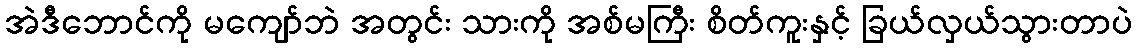
အဲဒီဘောင်ကို မကျော်ဘဲ အတွင်း သားကို အစ်မကြီး စိတ်ကူးနှင့် ခြယ်လှယ်သွားတာပဲ